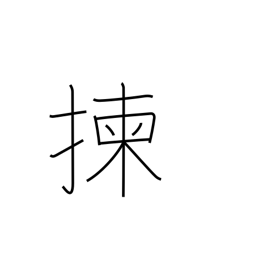
Meaning: select